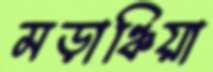
মড়াঞ্চিয়া